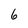
Character: 6